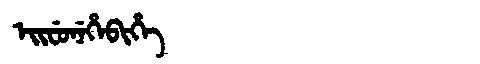
Manchu: ᡝᡳᠸᡠᠨᡝᡥᡝᠪᡳᡥᡝ
Romanization: EIFUNEHEBIHE